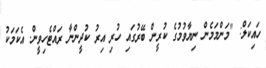
ހައިކަލް: "މަންމަމެން ނިޔާވުމުގެ ކުރީން ބޭރުގައި ހުރި އިރު ކުދީންނާ ރައްޓެހިވީން. އެކަމަކު